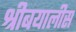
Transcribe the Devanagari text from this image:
श्रीबयालीस